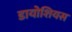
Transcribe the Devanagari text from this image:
डायोशियस